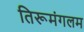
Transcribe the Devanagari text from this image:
तिरूमंगलम